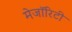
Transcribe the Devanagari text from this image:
मेजॉरिटी